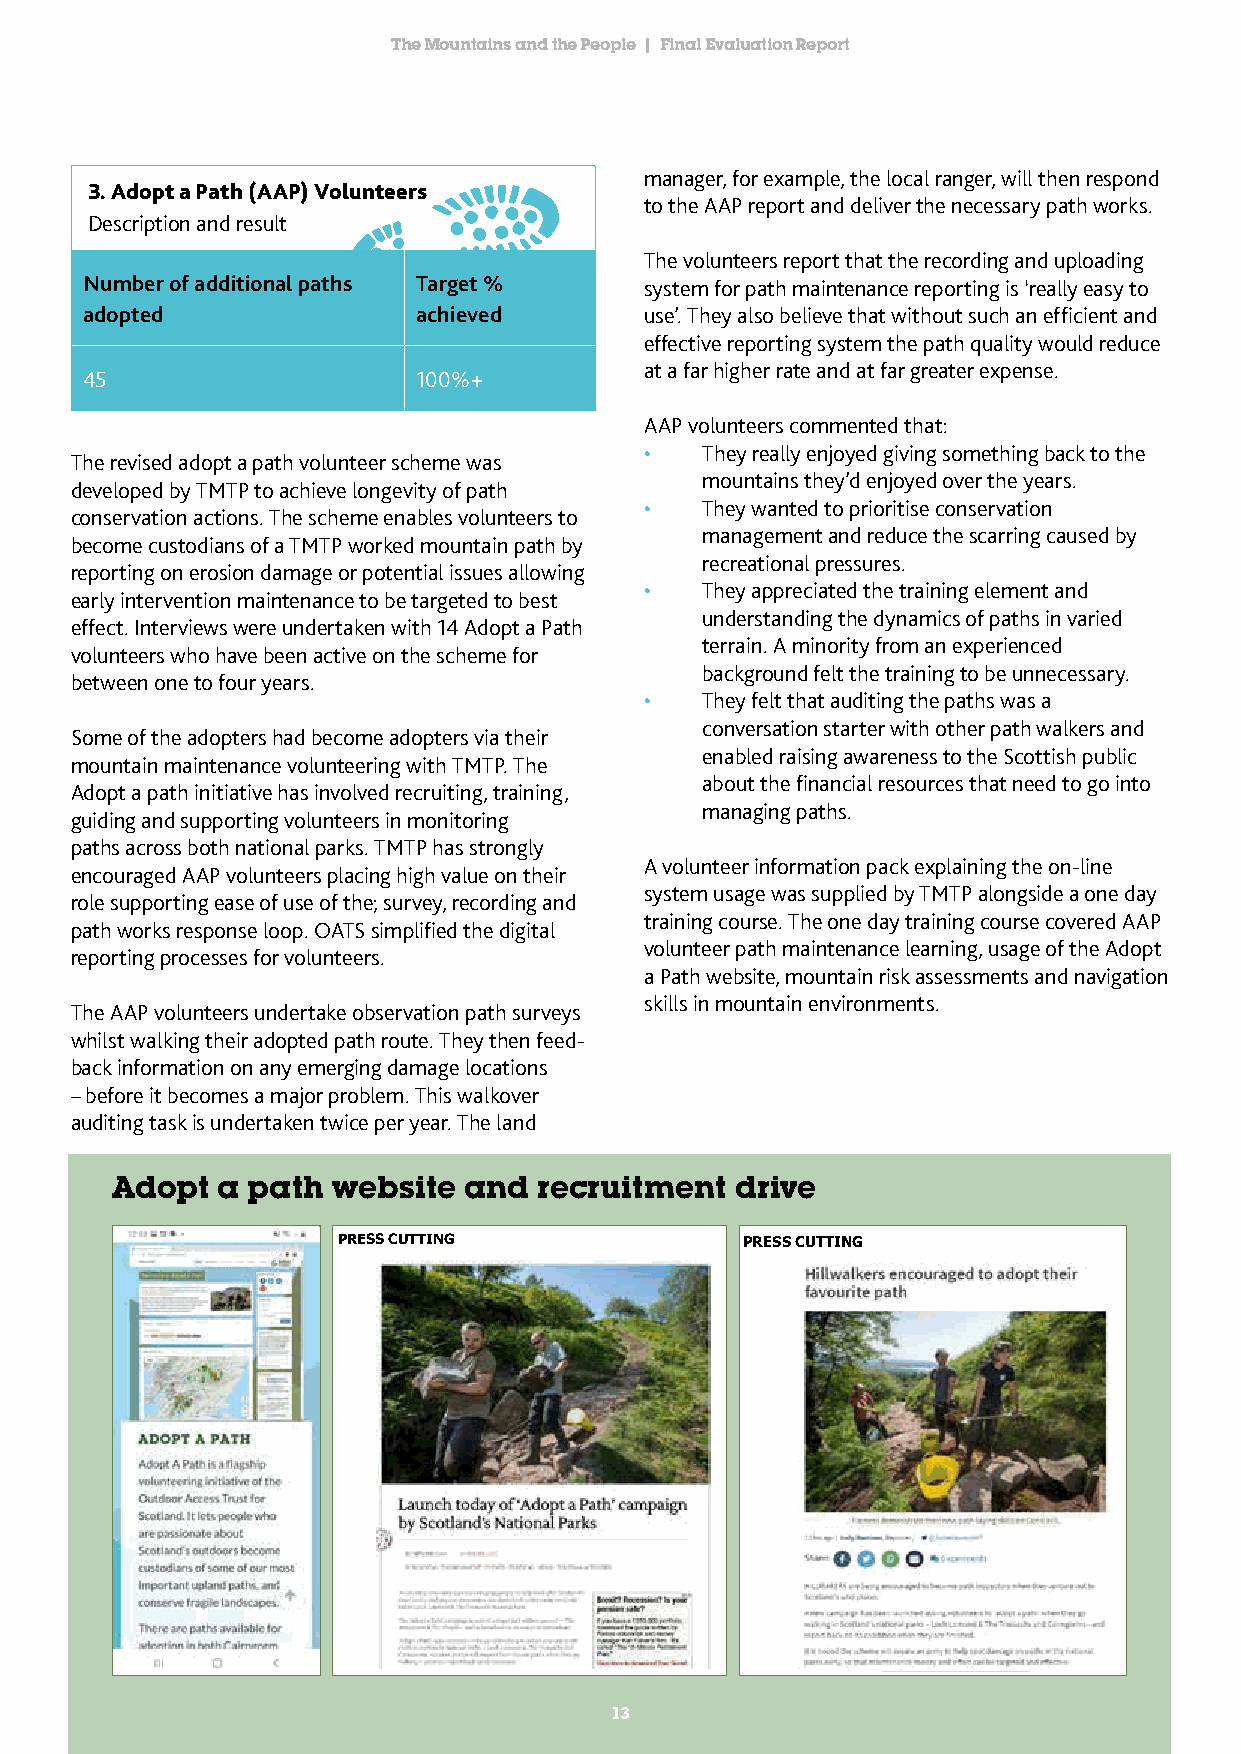
The Mountains and the People | Final Evaluation Report
 manager, for example, the local ranger, will then respond
 3. Adopt a Path (AAP) Volunteers
 to the AAP report and deliver the necessary path works.
 Description and result
 The volunteers report that the recording and uploading
 Number of additional paths Target %   system for path maintenance reporting is ‘really easy to
 adopted                achieved       use’. They also believe that without such an efficient and
 effective reporting system the path quality would reduce
 at a far higher rate and at far greater expense.
 45                     100%+
 AAP volunteers commented that:
 •  They really enjoyed giving something back to the
 The revised adopt a path volunteer scheme was
 mountains they’d enjoyed over the years.
 developed by TMTP to achieve longevity of path
 •  They wanted to prioritise conservation
 conservation actions. The scheme enables volunteers to
 management and reduce the scarring caused by
 become custodians of a TMTP worked mountain path by
 recreational pressures.
 reporting on erosion damage or potential issues allowing
 •  They appreciated the training element and
 early intervention maintenance to be targeted to best
 understanding the dynamics of paths in varied
 effect. Interviews were undertaken with 14 Adopt a Path
 terrain. A minority from an experienced
 volunteers who have been active on the scheme for
 background felt the training to be unnecessary.
 between one to four years.
 •  They felt that auditing the paths was a
 conversation starter with other path walkers and
 Some of the adopters had become adopters via their
 enabled raising awareness to the Scottish public
 mountain maintenance volunteering with TMTP. The
 about the financial resources that need to go into
 Adopt a path initiative has involved recruiting, training,
 managing paths.
 guiding and supporting volunteers in monitoring
 paths across both national parks. TMTP has strongly
 A volunteer information pack explaining the on-line
 encouraged AAP volunteers placing high value on their
 system usage was supplied by TMTP alongside a one day
 role supporting ease of use of the; survey, recording and
 training course. The one day training course covered AAP
 path works response loop. OATS simplified the digital
 volunteer path maintenance learning, usage of the Adopt
 reporting processes for volunteers.
 a Path website, mountain risk assessments and navigation
 skills in mountain environments.
 The AAP volunteers undertake observation path surveys
 whilst walking their adopted path route. They then feed-
 back information on any emerging damage locations
 – before it becomes a major problem. This walkover
 auditing task is undertaken twice per year. The land
 Adopt  a path  website  aC nLIENTd: Loch Lormoend ancd the rTrosusachsi Nattionmal Park ent drive C LIENT: Loch Lomond and the Trossachs National Park
 DATE: 8 June 2016          DATE: 8 June 2016
 PUBLICATION: Argyll News   PUBLICATION: The Herald online
 PRESS CUTTING              PRESS CUTTING
 1133